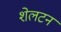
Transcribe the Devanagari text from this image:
शेलटन